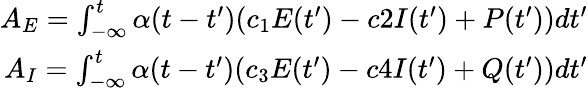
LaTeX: \begin{array}{r}{A_{E}=\int_{-\infty}^{t}\alpha(t-t^{\prime})(c_{1}E(t^{\prime})-c2I(t^{\prime})+P(t^{\prime}))dt^{\prime}}\\ {A_{I}=\int_{-\infty}^{t}\alpha(t-t^{\prime})(c_{3}E(t^{\prime})-c4I(t^{\prime})+Q(t^{\prime}))dt^{\prime}}\end{array}